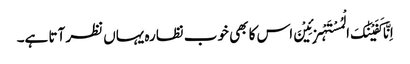
اِنَّا کَفَیْنٰکَ الْمُسْتَہْزِئِیْنَ اس کا بھی خوب نظارہ یہاں نظر آتا ہے۔